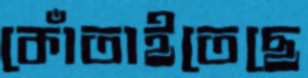
কোঁতাইতেছে